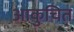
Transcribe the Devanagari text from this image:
आकुचित